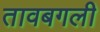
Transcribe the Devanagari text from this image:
तावबगली